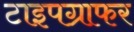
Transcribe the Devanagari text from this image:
टाइपग्राफर